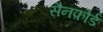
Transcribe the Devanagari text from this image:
सैनफ़ोर्ड